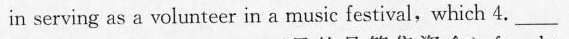
in serving as a volunteer in a music festival，which 4. __